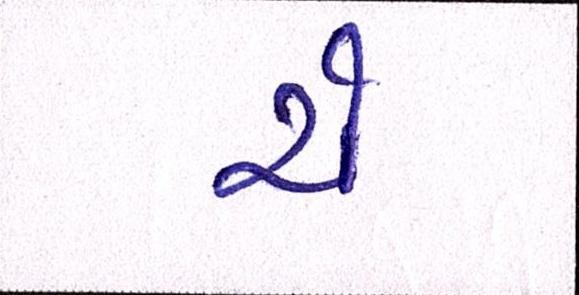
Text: ચે